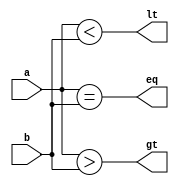
module comp(a,b,gt,eq,lt);
input [7:0] a,b;
output gt,eq,lt;
assign gt=(a>b);
assign eq=(a==b);
assign lt=(a<b);
endmodule